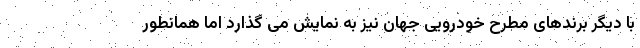
با دیگر برندهای مطرح خودرویی جهان نیز به نمایش می گذارد اما همانطور